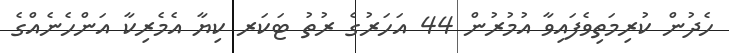
ހެދުން ކުރިމަތިވެފައިވާ އުމުރުން 44 އަހަރުގެ ރުތު ޓަކަރ ކިޔާ އެމެރިކާ އަންހެނެއްގެ